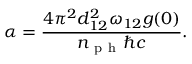
\alpha = \frac { 4 \pi ^ { 2 } d _ { 1 2 } ^ { 2 } \omega _ { 1 2 } g ( 0 ) } { n _ { \mathrm { ~ p ~ h ~ } } \hbar c } .